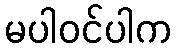
မပါဝင်ပါက